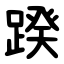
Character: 䠏